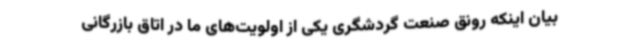
بیان اینکه رونق صنعت گردشگری یکی از اولویت‌های ما در اتاق بازرگانی